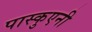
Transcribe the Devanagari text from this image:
पास्कुएनी